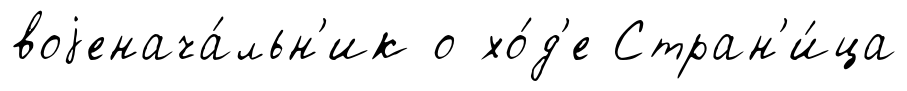
воjенача́льн'ик о хо́д'е Стран'и́ца